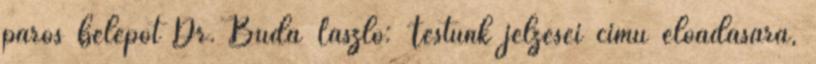
páros belépőt Dr. Buda László: Testünk jelzései című előadására,